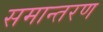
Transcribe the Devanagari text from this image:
समान्तरण